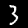
Digit: 3